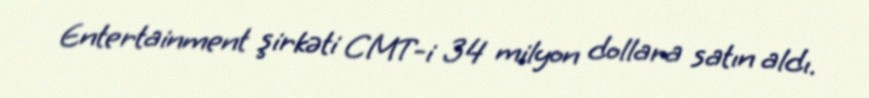
Entertainment şirkəti CMT-i 34 milyon dollara satın aldı.